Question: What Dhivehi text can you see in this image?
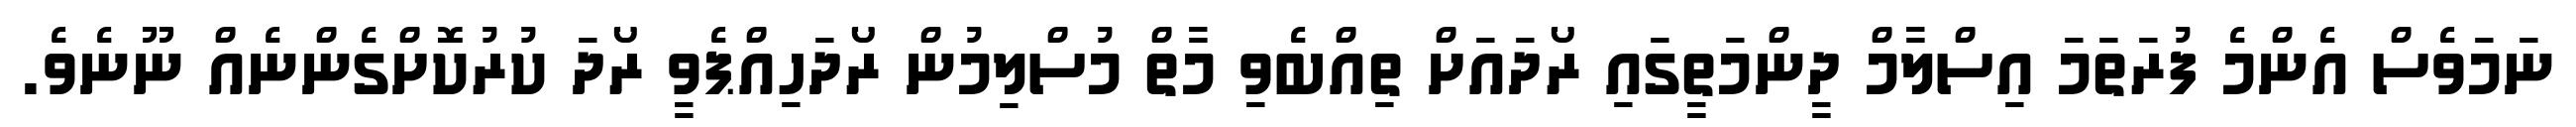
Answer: ނަމަވެސް އެންމެ ފުރަތަމަ އިސްލާމް ދީންމަތީގައި ރޯދައަށް ތިއްބެވި މާތް މުސްލިމުން ރޯދަހިއްޕެވީ ރޯދަ ކުރުކޮށްގެންނެއް ނޫނެވެ.